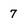
Character: 7